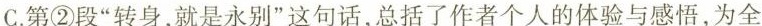
C.第②段“转身，就是永别”这句话，总括了作者个人的体验与感悟，为全